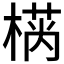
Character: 𱤂